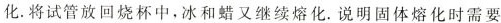
化.将试管放回烧杯中，冰和蜡又继续熔化。说明固体熔化时需要